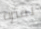
لفتره